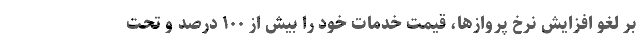
بر لغو افزایش نرخ پروازها، قیمت خدمات خود را بیش از ۱۰۰ درصد و تحت